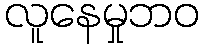
လူနေမှုဘဝ